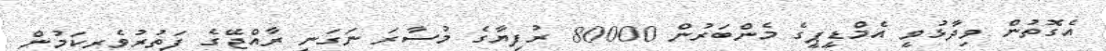
އެގޮތުން ވިދާޅުވީ އެމްޑީޕީގެ މެންބަރުން 80000 ރުފިޔާގެ މުސާރަ ނަގަނީ ރާއްޖޭގެ ފަތުރުވެރިކަމުން